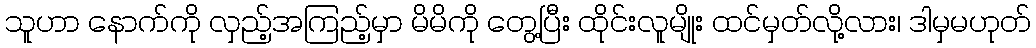
သူဟာ နောက်ကို လှည့်အကြည့်မှာ မိမိကို တွေ့ပြီး ထိုင်းလူမျိုး ထင်မှတ်လို့လား၊ ဒါမှမဟုတ်